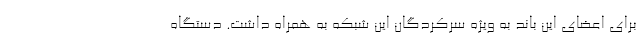
برای اعضای این باند به ویژه سرکردگان این شبکه به همراه داشت. دستگاه